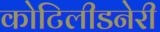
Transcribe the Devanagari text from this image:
कोटिलीडनेरी